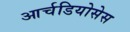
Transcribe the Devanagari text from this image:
आर्चडियोसेस